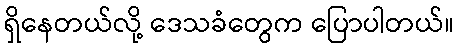
ရှိနေတယ်လို့ ဒေသခံတွေက ပြောပါတယ်။